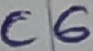
Text: C6